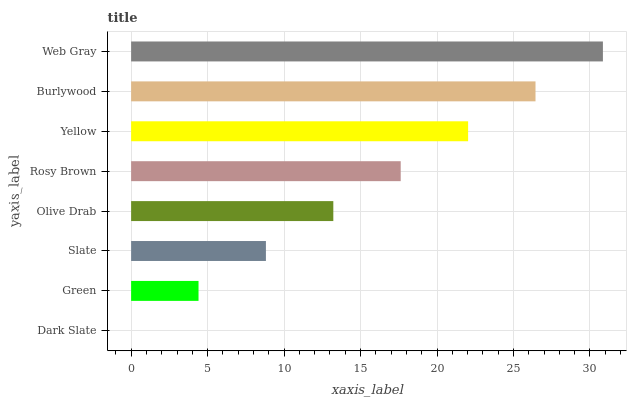
| yaxis_label | bars |
 | --- | --- |
 | Dark Slate | 0 |
 | Green | 4.41 |
 | Slate | 8.81 |
 | Olive Drab | 13.2 |
 | Rosy Brown | 17.6 |
 | Yellow | 22 |
 | Burlywood | 26.4 |
 | Web Gray | 30.8 |